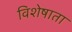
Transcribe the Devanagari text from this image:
विशेषाता